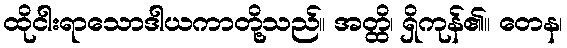
ထိုငါးရာသောဒါယကာတို့သည်။ အတ္ထိ၊ ရှိကုန်၏။ တေန၊